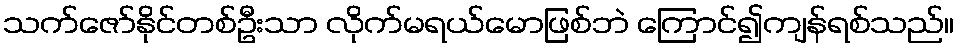
သက်ဇော်နိုင်တစ်ဦးသာ လိုက်မရယ်မောဖြစ်ဘဲ ကြောင်၍ကျန်ရစ်သည်။